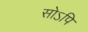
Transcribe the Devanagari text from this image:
सोऽपि